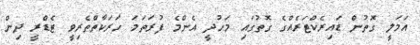
އަމަލީ ގޮތުން ޑައިރެކްޓަރެއްގެ ގޮތުގައި މަހުދީ އެންމެ ފުރަތަމަ ހަރަކާތްތެރިވީ ޓެޑްރީ ދިން